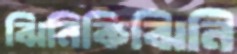
ঝিনিকিঝিনি